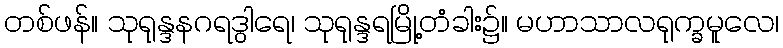
တစ်ဖန်။ သုရုန္ဒနဂရဒွါရေ၊ သုရုန္ဒရမြို့တံခါး၌။ မဟာသာလရုက္ခမူလေ၊